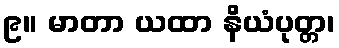
၉။ မာတာ ယထာ နိယံပုတ္တ၊